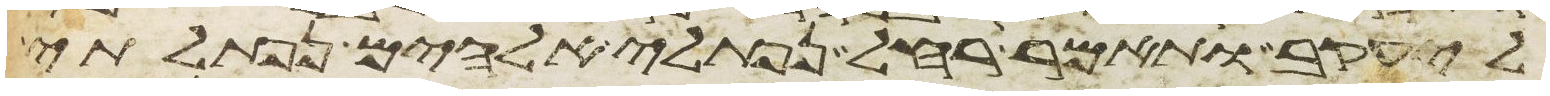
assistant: ליעקב ותאמר רחל נפתלי אלהים נפתלתי